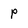
Character: p